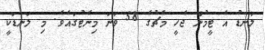
ލަނޑު އެ ޓީމުން ޖެހީ މެޗުގެ 58 ވަނަ މިނެޓުގައެވެ. މި ލަނޑަކީ